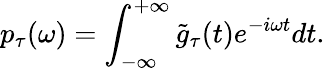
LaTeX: p_{\tau}(\omega)=\int_{-\infty}^{+\infty}\tilde{g}_{\tau}(t)e^{-i\omega t}dt.